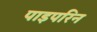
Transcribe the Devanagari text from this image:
पाइपरिन